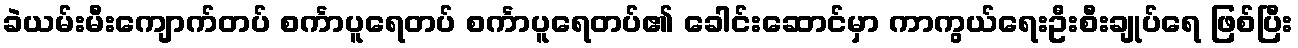
ခဲယမ်းမီးကျောက်တပ် စင်္ကာပူရေတပ် စင်္ကာပူရေတပ်၏ ခေါင်းဆောင်မှာ ကာကွယ်ရေးဦးစီးချုပ်ရေ ဖြစ်ပြီး